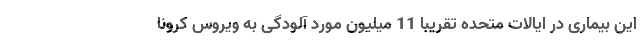
این بیماری در ایالات متحده تقریبا 11 میلیون مورد آلودگی به ویروس کرونا